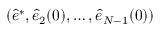
( \hat { e } ^ { * } , \hat { e } _ { 2 } ( 0 ) , \dots , \hat { e } _ { N - 1 } ( 0 ) )